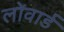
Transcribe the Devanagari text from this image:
लोंवार्ड